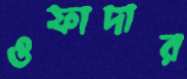
ওফাদার